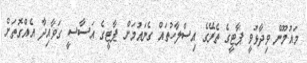
މައުމޫން ވިދާޅުވީ ޕާޓީގެ ތެރޭގެ އިސްލާހުތައް ގެނައުމަށް ޕާޓީގެ އަސާސީ ގަވާއިދާ އެއްގޮތަށް